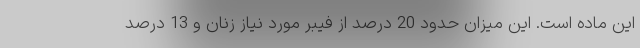
این ماده است. این میزان حدود 20 درصد از فیبر مورد نیاز زنان و 13 درصد